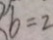
b = 2